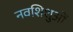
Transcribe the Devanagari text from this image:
नवशिशुओं